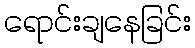
ရောင်းချနေခြင်း